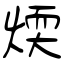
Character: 煗